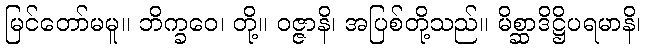
မြင်တော်မမူ။ ဘိက္ခဝေ၊ တို့။ ဝဇ္ဇာနိ၊ အပြစ်တို့သည်။ မိစ္ဆာဒိဋ္ဌိပရမာနိ၊